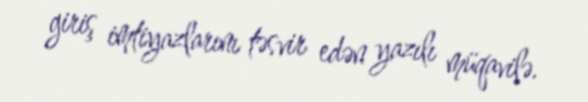
giriş imtiyazlarını təsvir edən yazılı müqavilə.